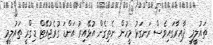
ތައުލީމީ ދާއިރާގައިވެސް ރަނގަޅު މީހުން ނެތިގެން އުޅޭއިރު އަންޑަ ގުރެޖުއޭޓް ޑިގްރީ ތައުލީމީ